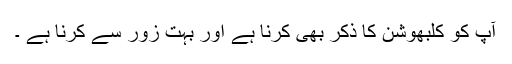
آپ کو کلبھوشن کا ذکر بھی کرنا ہے اور بہت زور سے کرنا ہے ۔